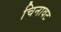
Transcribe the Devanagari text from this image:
चिनावट